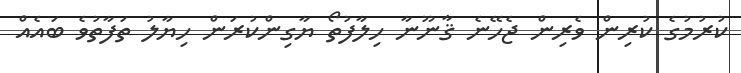
ކުރުމުގެ ކުރިން ވެރިން ޖެހޭނެ ޤާނޫނާ ހިލާފުތޯ ޔާގިންކުރަން ހިޔާލު ތަފާތުވެ ބައެއް